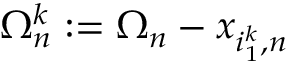
\Omega _ { n } ^ { k } : = \Omega _ { n } - x _ { i _ { 1 } ^ { k } , n }